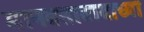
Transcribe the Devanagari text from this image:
मानवतावादाच्या